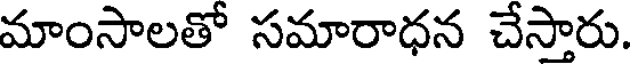
మాంసాలతో సమారాధన చేస్తారు.